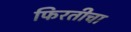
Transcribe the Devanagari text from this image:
फिरतीचा